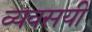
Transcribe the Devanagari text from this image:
व्यवसयी